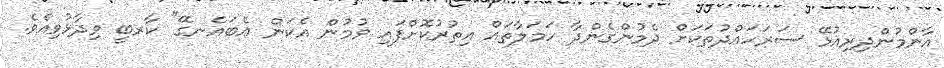
އާންމުންދިރިއުޅޭ ސަރަހައްދުތަކަށް ދެމުންގެންދާ ހަމަލާތައް އިތުރުކޮށްފައި ވުމުން އެކަން އެބައެނގޭ" ކާރބީ ވިދާޅުވިއެވެ.